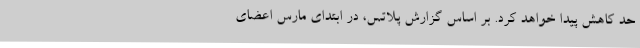
حد کاهش پیدا خواهد کرد. بر اساس گزارش پلاتس، در ابتدای مارس اعضای